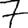
Digit: 7